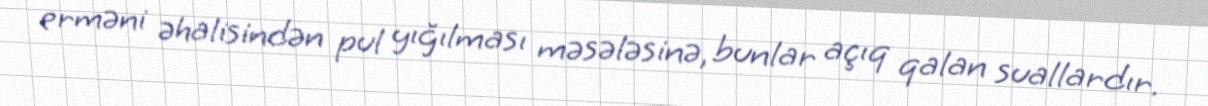
erməni əhalisindən pul yığılması məsələsinə, bunlar açıq qalan suallardır.